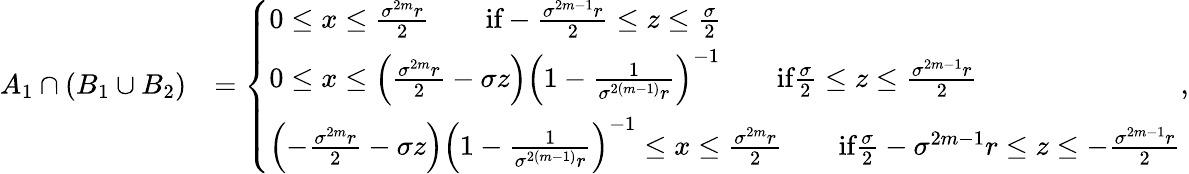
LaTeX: \begin{array}{rl}{A_{1}\cap(B_{1}\cup B_{2})}&{=\left\{ \begin{array}{ll}{0\leq x\leq\frac{\sigma^{2m}r}{2}\qquad\textrm{if}-\frac{\sigma^{2m-1}r}{2}\leq z\leq\frac{\sigma}{2}}\\ {0\leq x\leq\left(\frac{\sigma^{2m}r}{2}-\sigma z\right)\left(1-\frac{1}{\sigma^{2(m-1)}r}\right)^{-1}\qquad\textrm{if}\frac{\sigma}{2}\leq z\leq\frac{\sigma^{2m-1}r}{2}}\\ {\left(-\frac{\sigma^{2m}r}{2}-\sigma z\right)\left(1-\frac{1}{\sigma^{2(m-1)}r}\right)^{-1}\leq x\leq\frac{\sigma^{2m}r}{2}\qquad\textrm{if}\frac{\sigma}{2}-\sigma^{2m-1}r\leq z\leq-\frac{\sigma^{2m-1}r}{2}}\end{array}\right.,}\end{array}